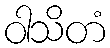
ဝါသိတံ